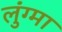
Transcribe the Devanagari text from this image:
लुंग्मा